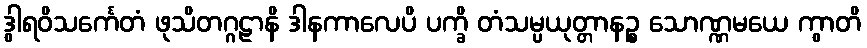
ဒွါရဝိသင်္ကေတံ ဖုသိတဂ္ဂဠာနိ ဒါနကာလေပိ ပက္ခိ တံသမ္ပယုတ္တာနဉ္စ သောဏ္ဏမယေ ကွာတိ